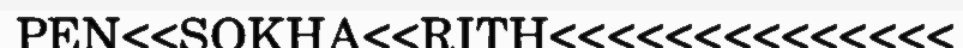
PEN<<SOKHA<<RITH<<<<<<<<<<<<<<